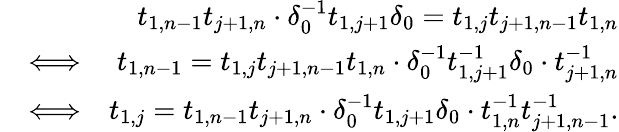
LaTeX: \begin{array}{rlr}&{}&{t_{1,n-1}t_{j+1,n}\cdot\delta_{0}^{-1}t_{1,j+1}\delta_{0}=t_{1,j}t_{j+1,n-1}t_{1,n}}\\ &{\Longleftrightarrow}&{t_{1,n-1}=t_{1,j}t_{j+1,n-1}t_{1,n}\cdot\delta_{0}^{-1}t_{1,j+1}^{-1}\delta_{0}\cdot t_{j+1,n}^{-1}}\\ &{\Longleftrightarrow}&{t_{1,j}=t_{1,n-1}t_{j+1,n}\cdot\delta_{0}^{-1}t_{1,j+1}\delta_{0}\cdot t_{1,n}^{-1}t_{j+1,n-1}^{-1}.}\end{array}